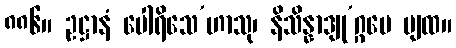
၈၈၆။ ဥဋ္ဌာနံ ပေါရိသေ’ဟာသု၊ နိသိန္နာဒျု’ဂ္ဂမေ ပျထ။